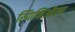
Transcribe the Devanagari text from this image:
स्पािनिओला